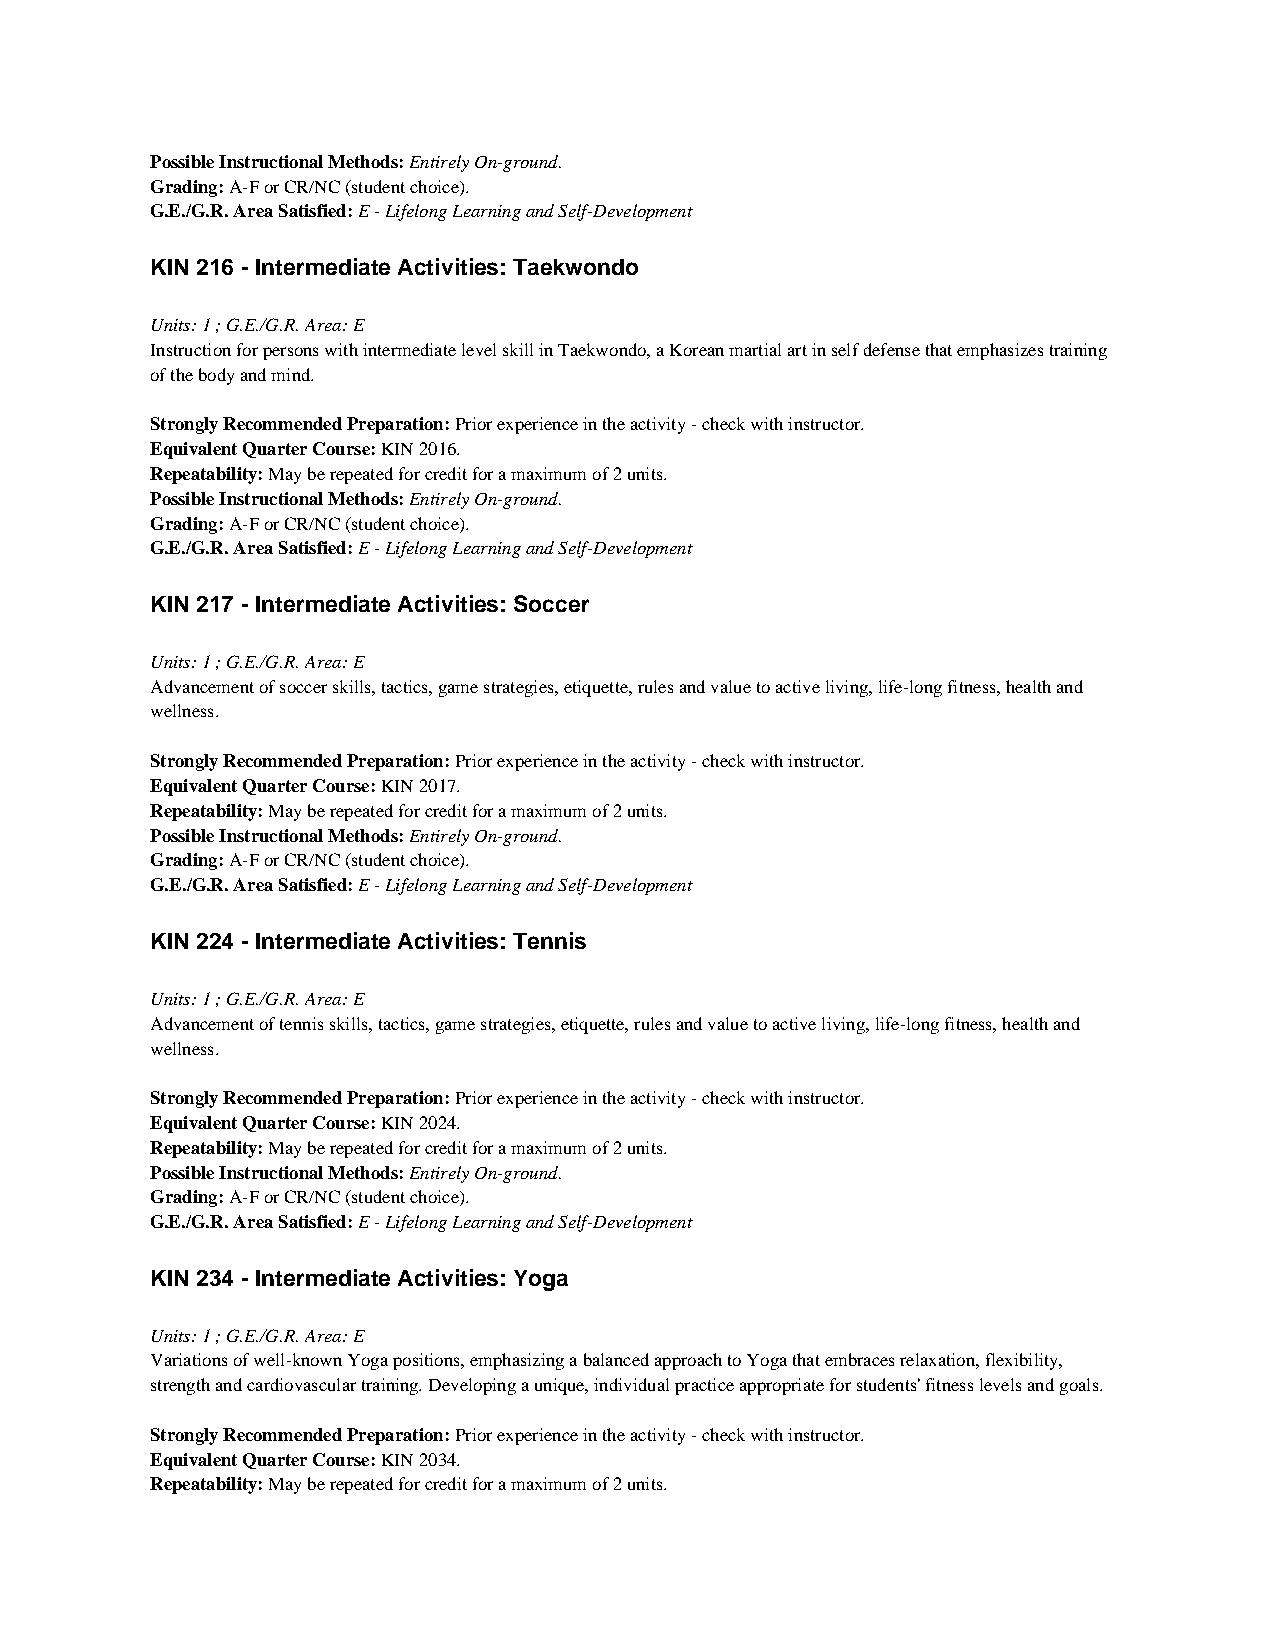
Possible Instructional Methods: Entirely On-ground.
 Grading: A-F or CR/NC (student choice).
 G.E./G.R. Area Satisfied: E - Lifelong Learning and Self-Development
 KIN 216 - Intermediate Activities: Taekwondo
 Units: 1 ; G.E./G.R. Area: E
 Instruction for persons with intermediate level skill in Taekwondo, a Korean martial art in self defense that emphasizes training
 of the body and mind.
 Strongly Recommended Preparation: Prior experience in the activity - check with instructor.
 Equivalent Quarter Course: KIN 2016.
 Repeatability: May be repeated for credit for a maximum of 2 units.
 Possible Instructional Methods: Entirely On-ground.
 Grading: A-F or CR/NC (student choice).
 G.E./G.R. Area Satisfied: E - Lifelong Learning and Self-Development
 KIN 217 - Intermediate Activities: Soccer
 Units: 1 ; G.E./G.R. Area: E
 Advancement of soccer skills, tactics, game strategies, etiquette, rules and value to active living, life-long fitness, health and
 wellness.
 Strongly Recommended Preparation: Prior experience in the activity - check with instructor.
 Equivalent Quarter Course: KIN 2017.
 Repeatability: May be repeated for credit for a maximum of 2 units.
 Possible Instructional Methods: Entirely On-ground.
 Grading: A-F or CR/NC (student choice).
 G.E./G.R. Area Satisfied: E - Lifelong Learning and Self-Development
 KIN 224 - Intermediate Activities: Tennis
 Units: 1 ; G.E./G.R. Area: E
 Advancement of tennis skills, tactics, game strategies, etiquette, rules and value to active living, life-long fitness, health and
 wellness.
 Strongly Recommended Preparation: Prior experience in the activity - check with instructor.
 Equivalent Quarter Course: KIN 2024.
 Repeatability: May be repeated for credit for a maximum of 2 units.
 Possible Instructional Methods: Entirely On-ground.
 Grading: A-F or CR/NC (student choice).
 G.E./G.R. Area Satisfied: E - Lifelong Learning and Self-Development
 KIN 234 - Intermediate Activities: Yoga
 Units: 1 ; G.E./G.R. Area: E
 Variations of well-known Yoga positions, emphasizing a balanced approach to Yoga that embraces relaxation, flexibility,
 strength and cardiovascular training. Developing a unique, individual practice appropriate for students' fitness levels and goals.
 Strongly Recommended Preparation: Prior experience in the activity - check with instructor.
 Equivalent Quarter Course: KIN 2034.
 Repeatability: May be repeated for credit for a maximum of 2 units.